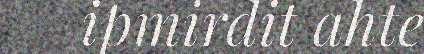
ipmirdit ahte